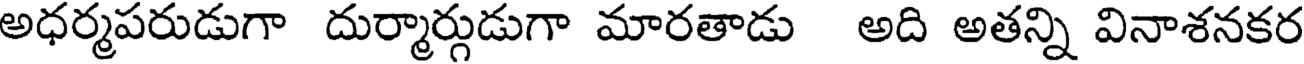
అధర్మపరుడుగా దుర్మార్గుడుగా మారతాడు అది అతన్ని వినాశనకర